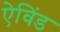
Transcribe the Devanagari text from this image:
ऐविंड